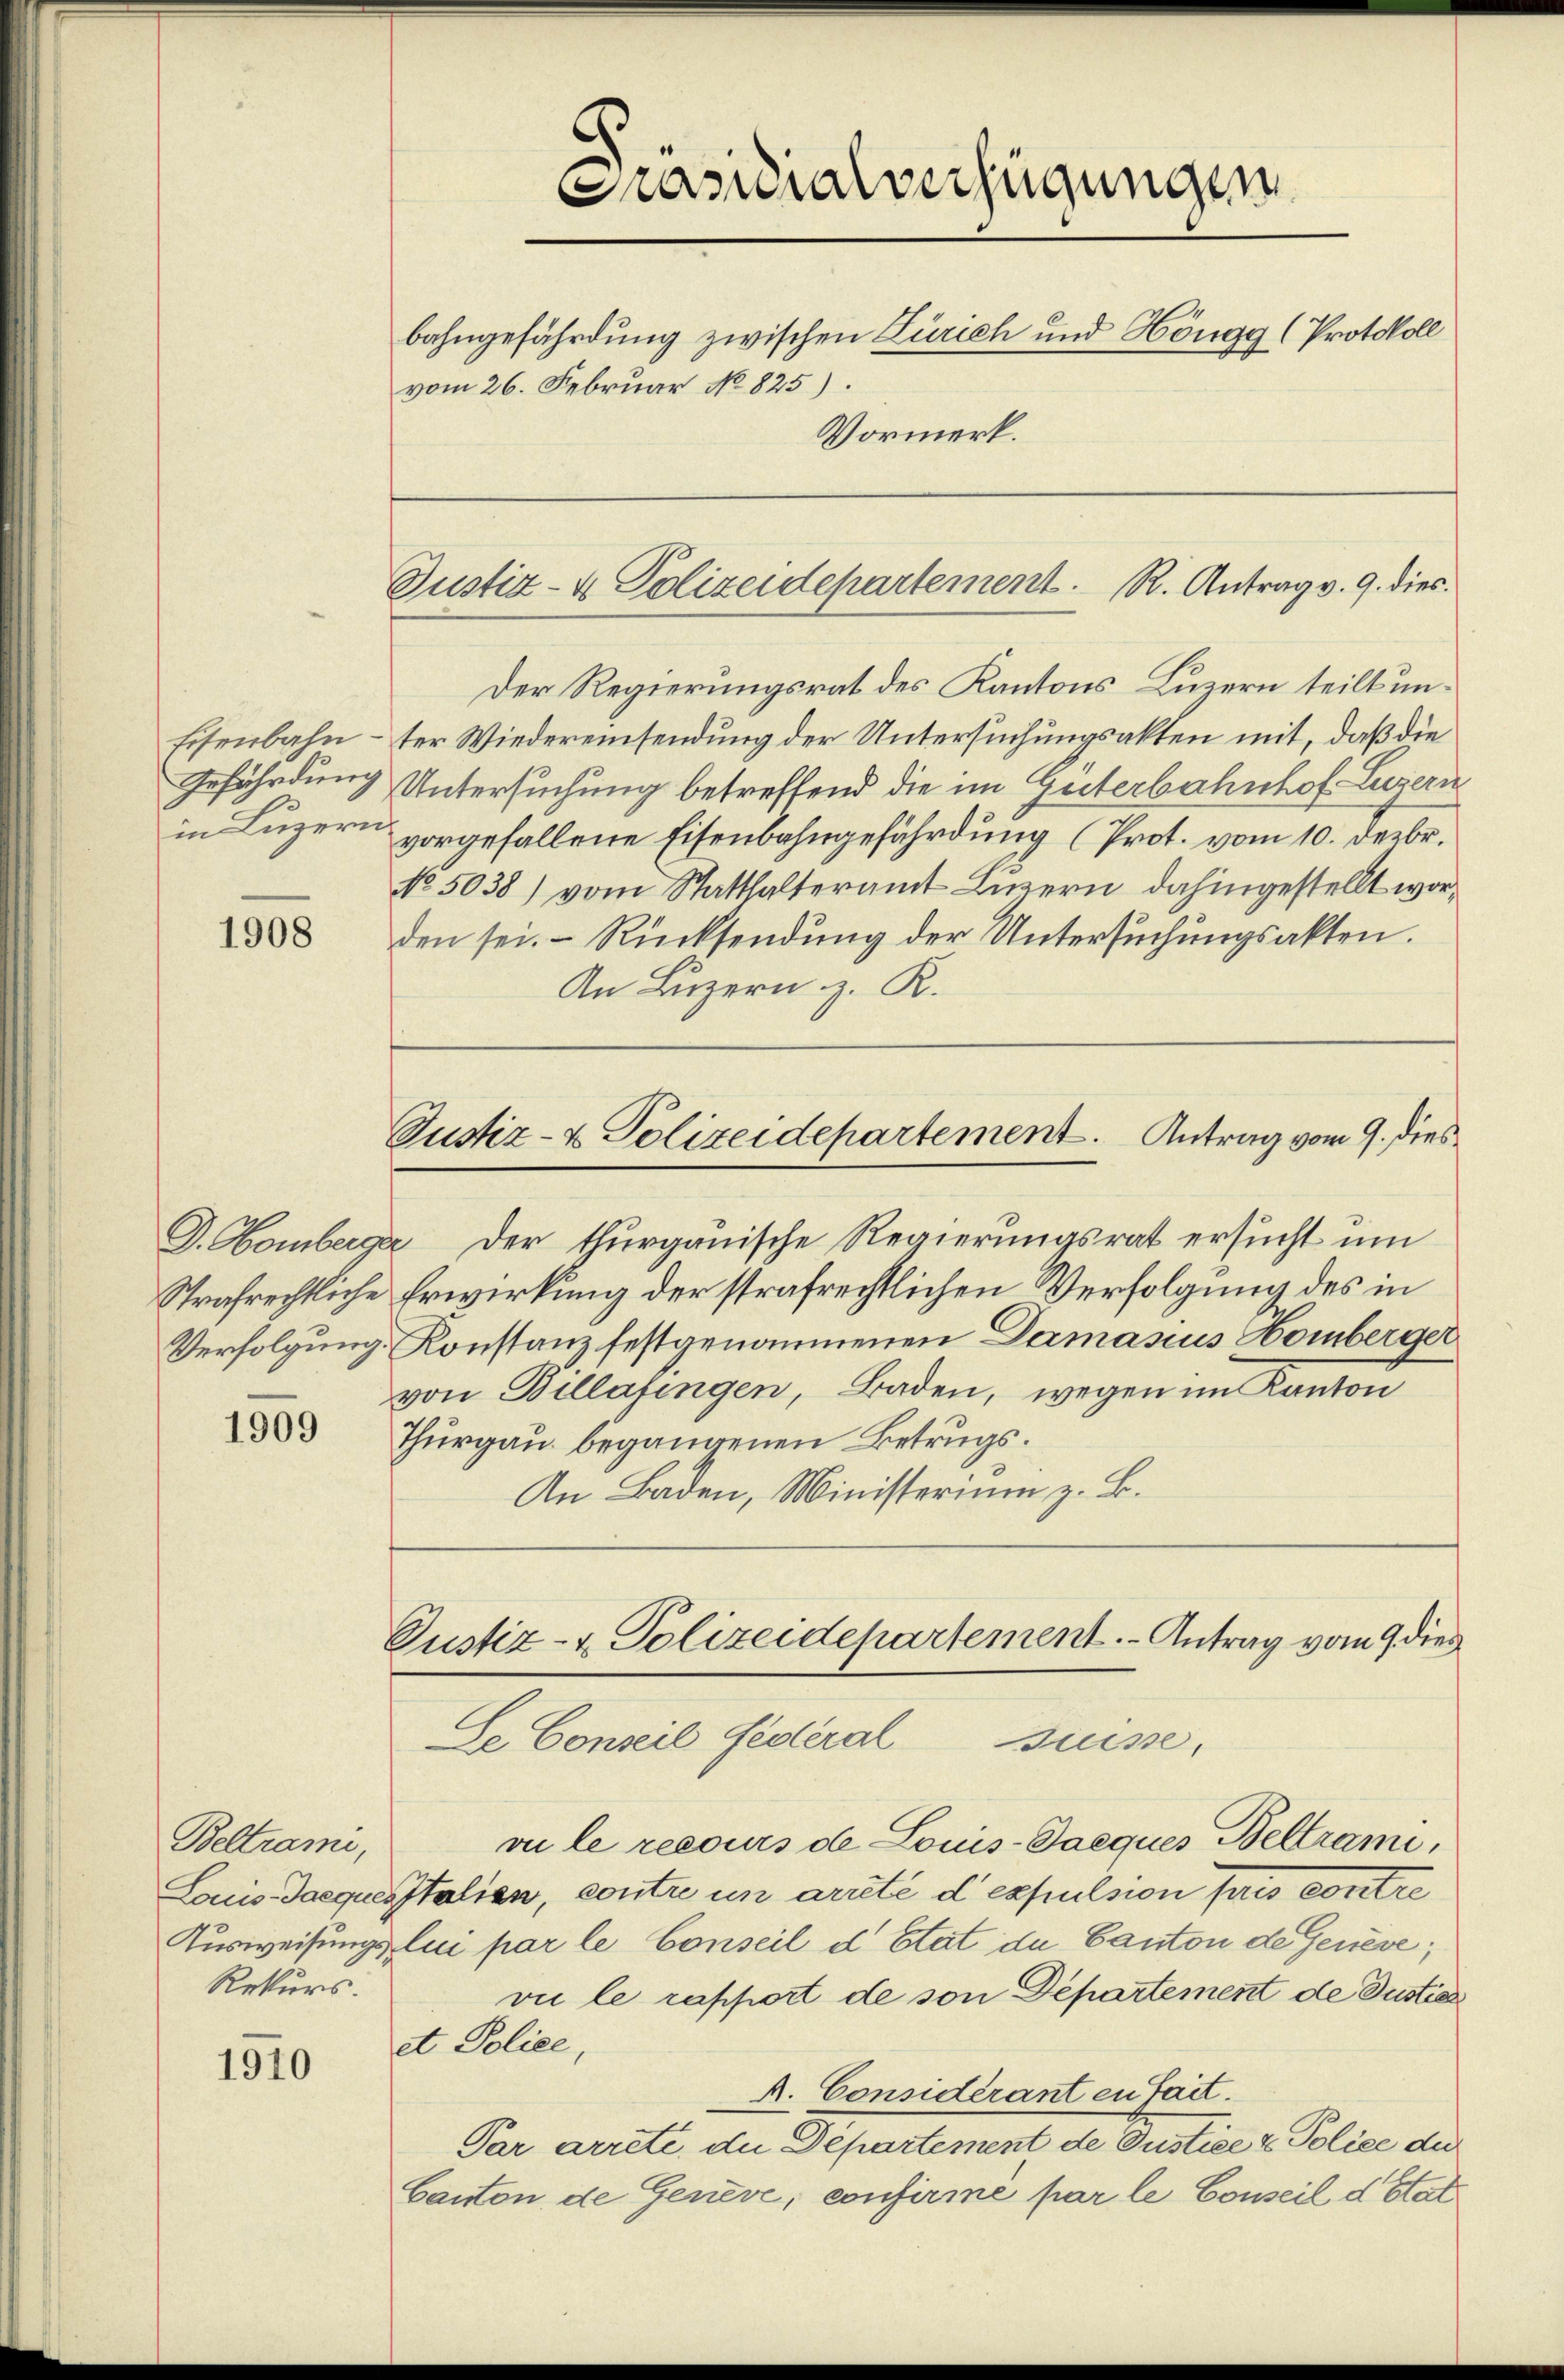
Eisenbahn-
Gefährdung
in Luzern

1908

Verfolgung.

1909

Beltrami,
Rekurs.

1910

Präsidialverfügungen
bahngefährdung zwischen Zürich und Höngg (Protokoll
vom 26. Februar No. 825).
Vormerk.

Der Regierungsrat des Kantons Luzern teilt unter Wiedereinsendung der Untersuchungsakten mit, daß die
Untersuchung betreffend die im Güterbahnhof Luzern
vorgefallene Eisenbahngefährdung (Prot. vom 10. Dezbr.
No. 5038) vom Statthalteramt Luzern, dahingestellt worden sei. Rücksendung der Untersuchungsakten.
An Luzern z. R.

Justiz- & Polizeidepartement. R. Antrag v. 9. dies

Justiz- & Polizeidepartement. Antrag vom 9. dies

D. Homberger der thurgauische Regierungsrat ersucht um
Strafrechtliche Erwirkung der strafrechtlichen Verfolgung des in
Konstanz festgenommenen Damasius Homberger
von Billafingen, Baden, wegen im Kanton
Thurgau begangenen Betrugs.
An Baden, Ministerium z. B.

Pustiz- & Polizeidepartement. - Antrag vom 9. dies
Se Conseil fédéral Suisse,

vu le recours de Louis-Daeques Beltrami,
Louis-Jacquisitalien, contre in arreté d’expulsion pris contre
Ausweisungs lui par le Conseil d Etat de Canton de Genève,
vi le rapport de son Departement de Justice
et Police,
A. Considerant en fait.
Par arrete, die Departement de Justice & Police die
Canton de Geneve, confirme par le Conseil d. Stat